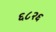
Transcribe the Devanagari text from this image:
६८२६